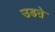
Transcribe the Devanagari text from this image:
उडऩे